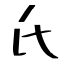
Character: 氏